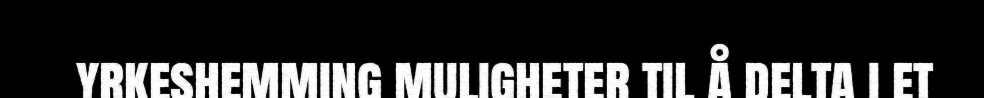
yrkeshemming muligheter til å delta i et